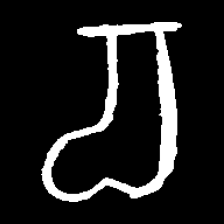
Pyu character \u2014 Myanmar letter: စ (romanized: ca)